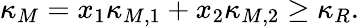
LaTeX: \kappa_{M}=x_{1}\kappa_{M,1}+x_{2}\kappa_{M,2}\geq\kappa_{R}.